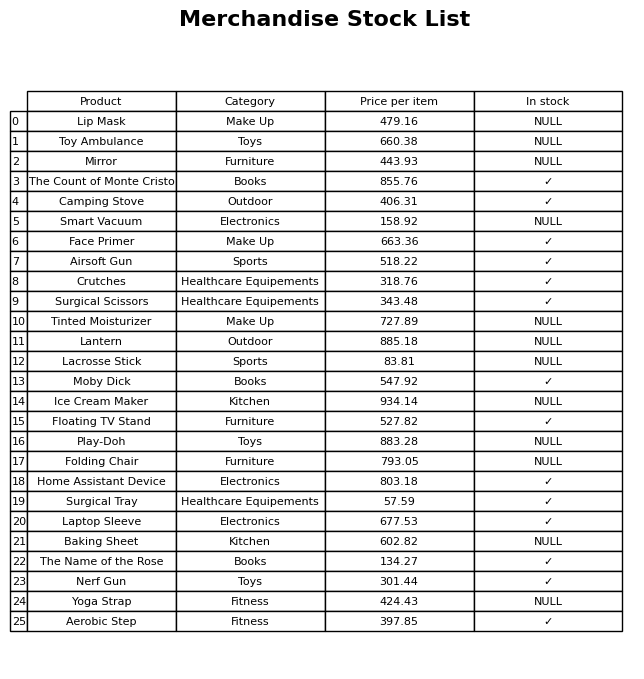
question: What is the price of the Home Assistant Device?
answer: The price of Home Assistant Device is 803.18.